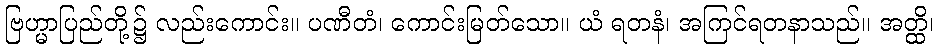
ဗြဟ္မာပြည်တို့၌ လည်းကောင်း။ ပဏီတံ၊ ကောင်းမြတ်သော။ ယံ ရတနံ၊ အကြင်ရတနာသည်။ အတ္ထိ၊